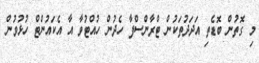
މި ގޮތުން ބޮޑެތި އަދަދުތަކުން ޓްރާންސްފާ ހެދުން ހުއްޓުވާ އާ އެކައުންޓް ހުޅުވުން